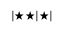
| \bigstar \bigstar | \bigstar |